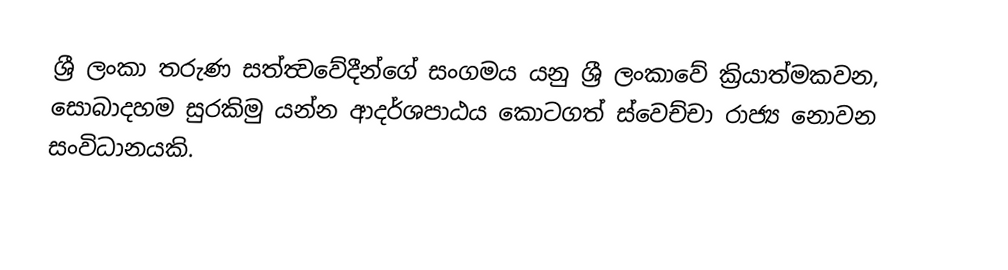
ශ්‍රී ලංකා තරුණ සත්ත්‍වවේදීන්ගේ සංගමය යනු ශ්‍රී ලංකාවේ ක්‍රියාත්මකවන, සොබාදහම සුරකිමු යන්න ආදර්ශපාඨය කොටගත් ස්වෙච්චා රාජ්‍ය නොවන සංවිධානයකි.